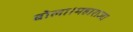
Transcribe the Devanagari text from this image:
बोला।महाराजा